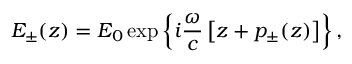
E _ { \pm } ( z ) = E _ { 0 } \exp \left\lbrace i \frac { \omega } { c } \left[ z + p _ { \pm } ( z ) \right] \right\rbrace ,